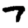
Digit: 7